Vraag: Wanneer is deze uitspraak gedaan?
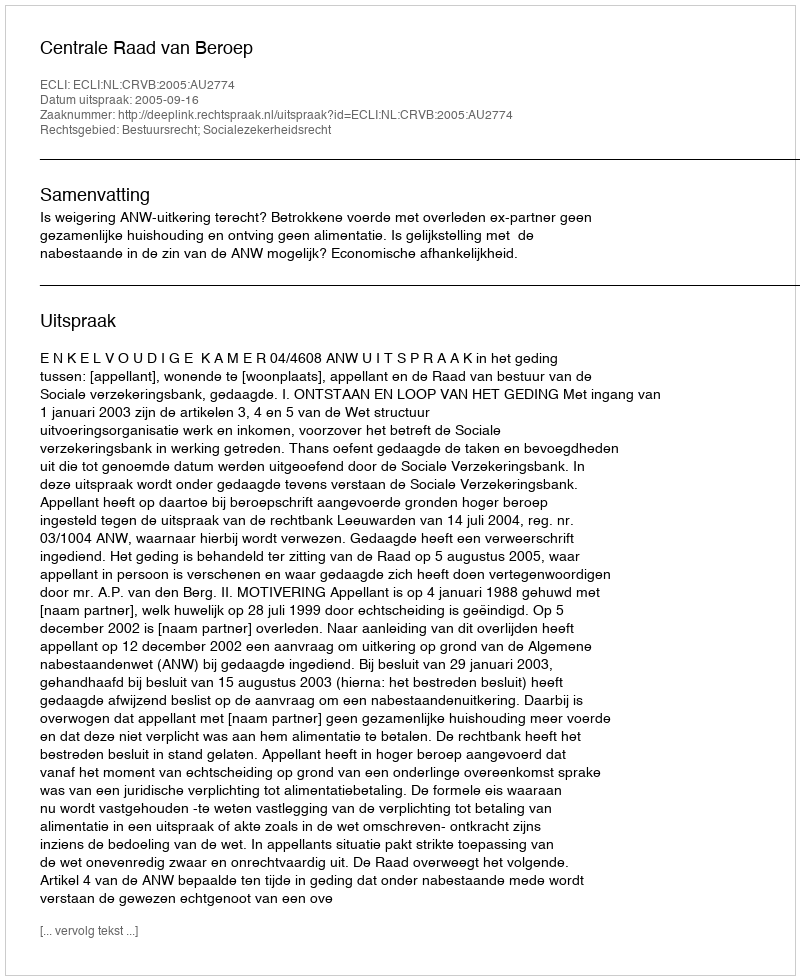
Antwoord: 2005-09-16